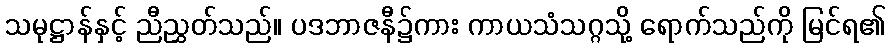
သမုဋ္ဌာန်နှင့် ညီညွှတ်သည်။ ပဒဘာဇနီ၌ကား ကာယသံသဂ္ဂသို့ ရောက်သည်ကို မြင်ရ၏